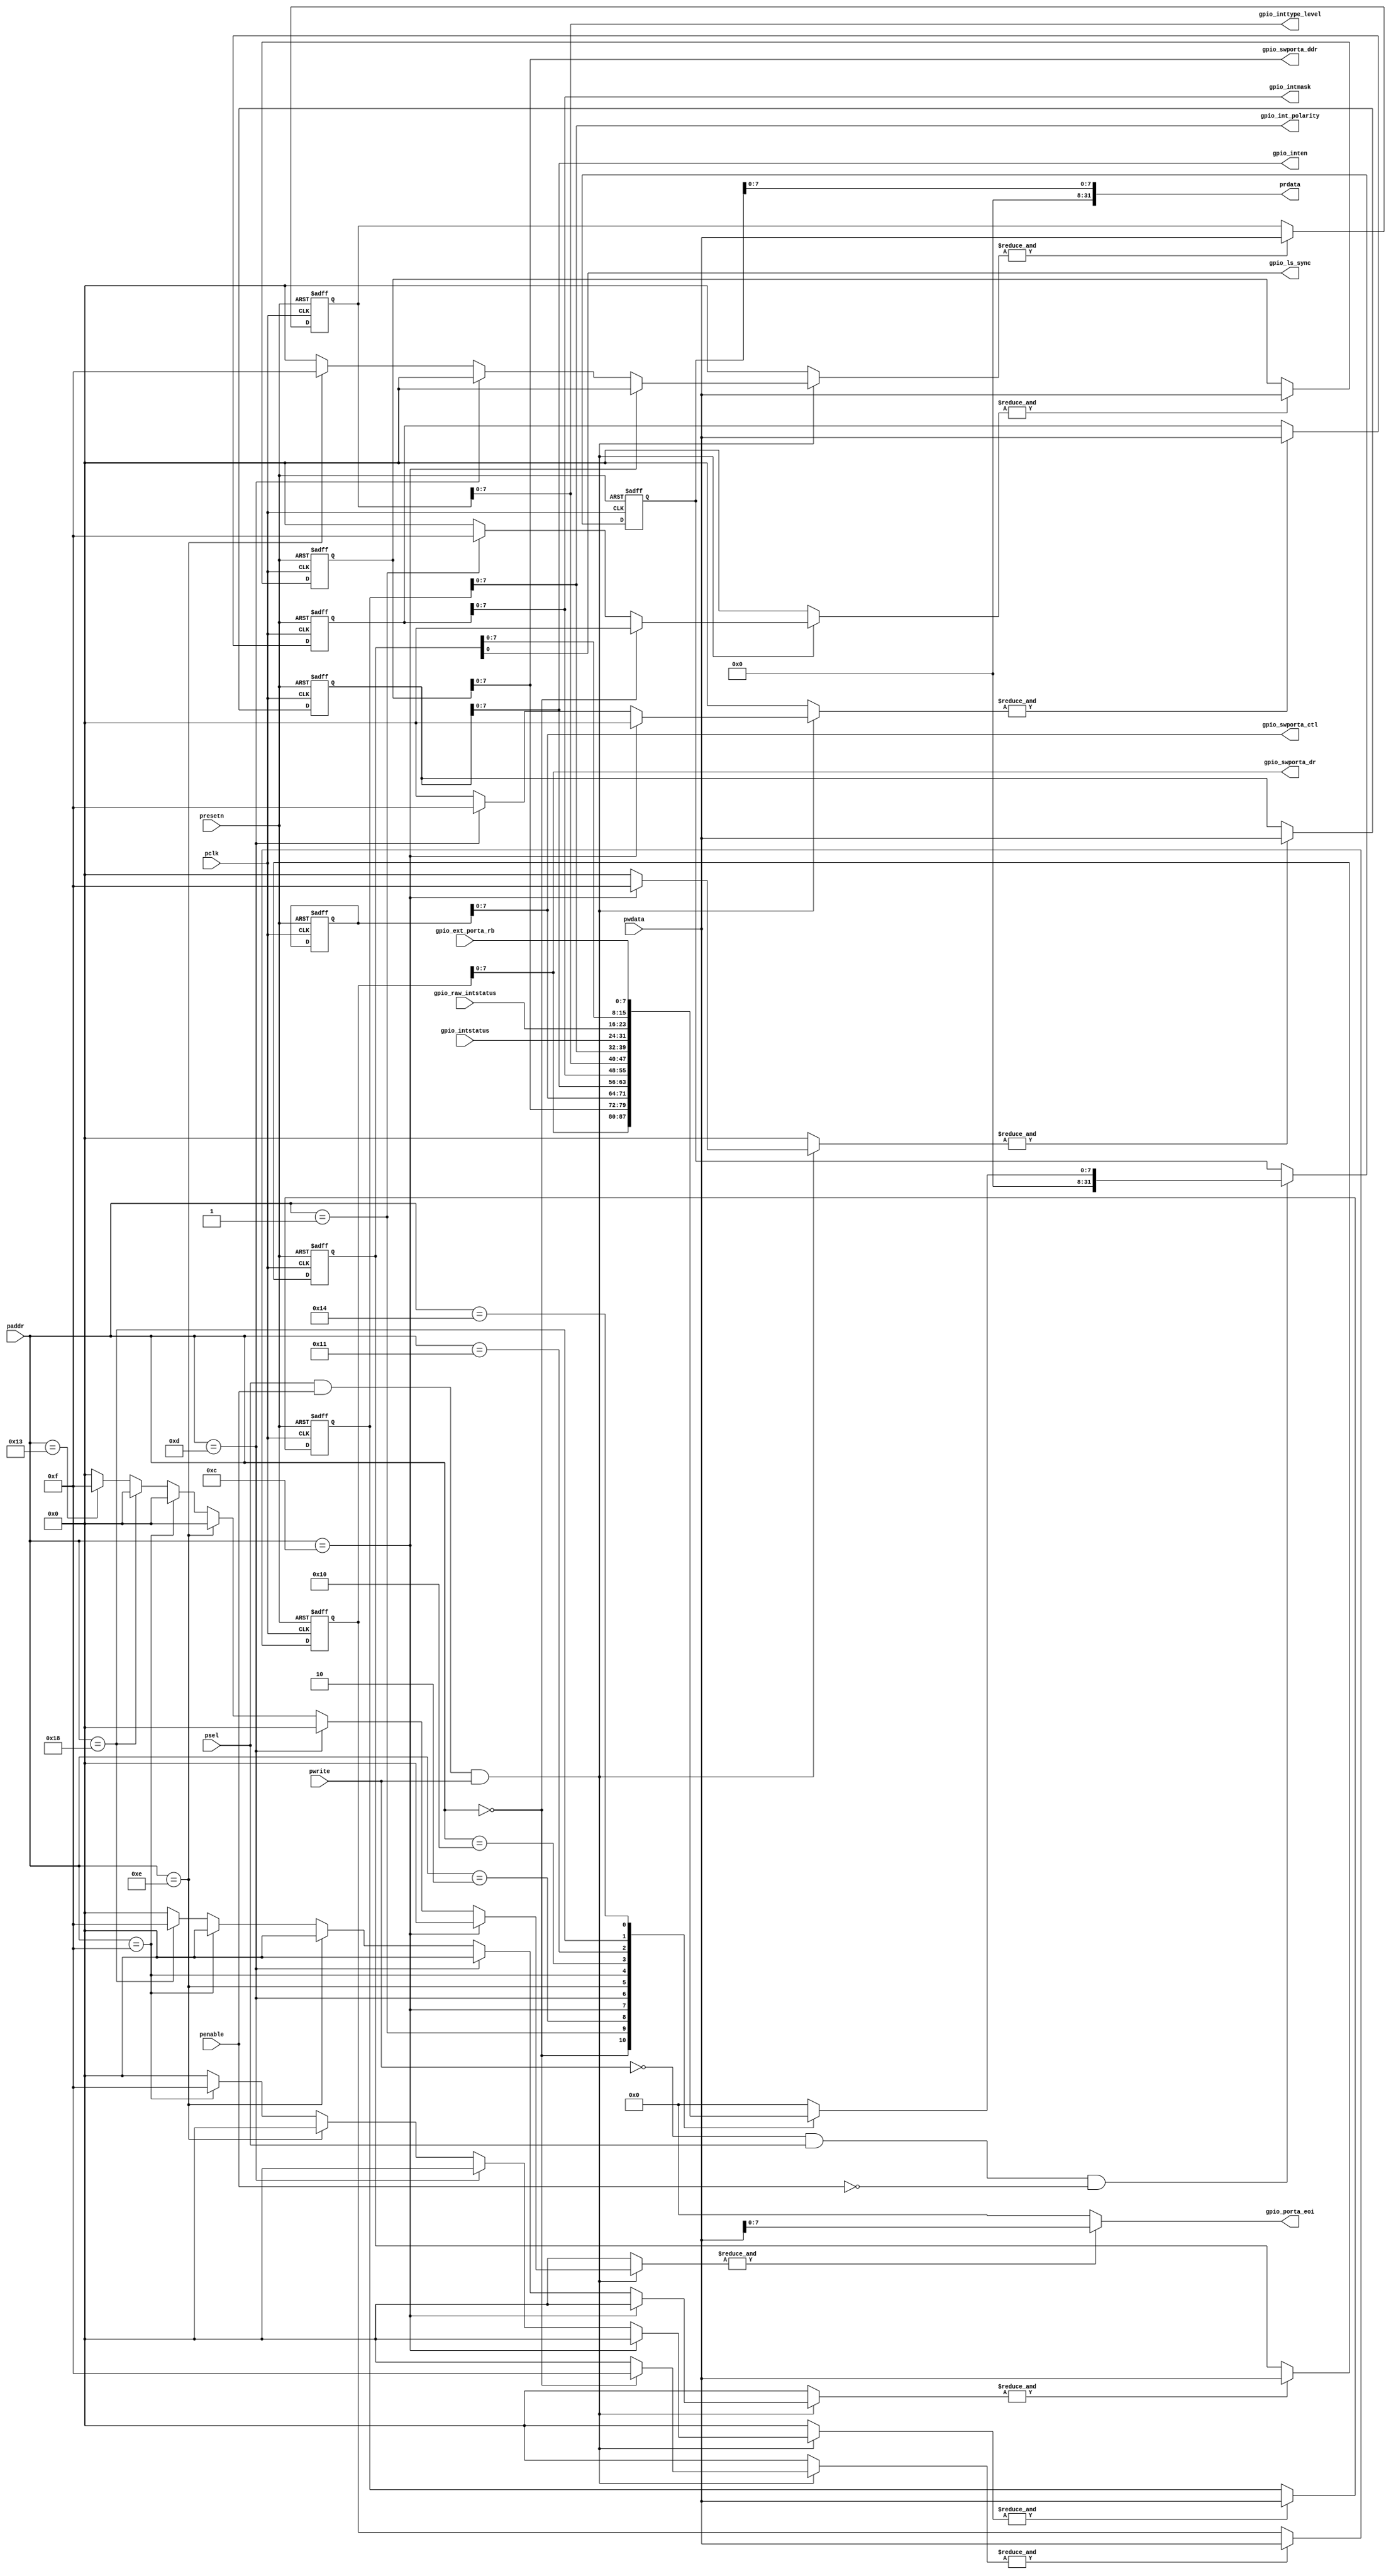
/*Copyright 2019-2021 T-Head Semiconductor Co., Ltd.

Licensed under the Apache License, Version 2.0 (the "License");
you may not use this file except in compliance with the License.
You may obtain a copy of the License at

    http://www.apache.org/licenses/LICENSE-2.0

Unless required by applicable law or agreed to in writing, software
distributed under the License is distributed on an "AS IS" BASIS,
WITHOUT WARRANTIES OR CONDITIONS OF ANY KIND, either express or implied.
See the License for the specific language governing permissions and
limitations under the License.
*/




















`define gpio_swporta_dr_OFFSET    5'b00000
`define gpio_swporta_ddr_OFFSET   5'b00001
`define gpio_swporta_ctl_OFFSET   5'b00010

`define gpio_inten_OFFSET         5'b01100
`define gpio_intmask_OFFSET       5'b01101
`define gpio_inttype_level_OFFSET 5'b01110
`define gpio_int_polarity_OFFSET  5'b01111
`define gpio_intstatus_OFFSET     5'b10000
`define gpio_raw_intstatus_OFFSET 5'b10001

`define gpio_porta_eoi_OFFSET     5'b10011
`define gpio_ext_porta_OFFSET     5'b10100

`define gpio_ls_sync_OFFSET       5'b11000



module gpio_apbif(
  gpio_ext_porta_rb,
  gpio_int_polarity,
  gpio_inten,
  gpio_intmask,
  gpio_intstatus,
  gpio_inttype_level,
  gpio_ls_sync,
  gpio_porta_eoi,
  gpio_raw_intstatus,
  gpio_swporta_ctl,
  gpio_swporta_ddr,
  gpio_swporta_dr,
  paddr,
  pclk,
  penable,
  prdata,
  presetn,
  psel,
  pwdata,
  pwrite
);


input   [7 :0]  gpio_ext_porta_rb;     
input   [7 :0]  gpio_intstatus;        
input   [7 :0]  gpio_raw_intstatus;    
input   [6 :2]  paddr;                 
input           pclk;                  
input           penable;               
input           presetn;               
input           psel;                  
input   [31:0]  pwdata;                
input           pwrite;                
output  [7 :0]  gpio_int_polarity;     
output  [7 :0]  gpio_inten;            
output  [7 :0]  gpio_intmask;          
output  [7 :0]  gpio_inttype_level;    
output          gpio_ls_sync;          
output  [7 :0]  gpio_porta_eoi;        
output  [7 :0]  gpio_swporta_ctl;      
output  [7 :0]  gpio_swporta_ddr;      
output  [7 :0]  gpio_swporta_dr;       
output  [31:0]  prdata;                


reg     [3 :0]  gpio_int_polarity_wen; 
reg     [3 :0]  gpio_inten_wen;        
reg     [3 :0]  gpio_intmask_wen;      
reg     [3 :0]  gpio_inttype_level_wen; 
reg     [3 :0]  gpio_ls_sync_wen;      
reg     [3 :0]  gpio_porta_eoi_wen;    
reg     [3 :0]  gpio_swporta_ctl_wen;  
reg     [3 :0]  gpio_swporta_ddr_wen;  
reg     [3 :0]  gpio_swporta_dr_wen;   
reg     [31:0]  int_gpio_int_polarity; 
reg     [31:0]  int_gpio_inten;        
reg     [31:0]  int_gpio_intmask;      
reg     [31:0]  int_gpio_inttype_level; 
reg     [31:0]  int_gpio_ls_sync;      
reg     [31:0]  int_gpio_porta_eoi;    
reg     [31:0]  int_gpio_swporta_ctl;  
reg     [31:0]  int_gpio_swporta_ddr;  
reg     [31:0]  int_gpio_swporta_dr;   
reg     [31:0]  iprdata;               
reg     [31:0]  prdata;                
reg     [31:0]  pwdata_int;            
reg     [31:0]  ri_gpio_ext_porta_rb;  
reg     [31:0]  ri_gpio_int_polarity;  
reg     [31:0]  ri_gpio_inten;         
reg     [31:0]  ri_gpio_intmask;       
reg     [31:0]  ri_gpio_intstatus;     
reg     [31:0]  ri_gpio_inttype_level; 
reg     [31:0]  ri_gpio_ls_sync;       
reg     [31:0]  ri_gpio_raw_intstatus; 
reg     [31:0]  ri_gpio_swporta_ctl;   
reg     [31:0]  ri_gpio_swporta_ddr;   
reg     [31:0]  ri_gpio_swporta_dr;    


wire    [7 :0]  gpio_ext_porta_rb;     
wire    [7 :0]  gpio_int_polarity;     
wire    [7 :0]  gpio_inten;            
wire    [7 :0]  gpio_intmask;          
wire    [7 :0]  gpio_intstatus;        
wire    [7 :0]  gpio_inttype_level;    
wire            gpio_ls_sync;          
wire    [7 :0]  gpio_porta_eoi;        
wire    [7 :0]  gpio_raw_intstatus;    
wire    [7 :0]  gpio_swporta_ctl;      
wire    [7 :0]  gpio_swporta_ddr;      
wire    [7 :0]  gpio_swporta_dr;       
wire    [6 :2]  paddr;                 
wire            pclk;                  
wire            penable;               
wire            presetn;               
wire            psel;                  
wire    [31:0]  pwdata;                
wire            pwrite;                




always @( pwdata[31:0])
begin
  pwdata_int = {31{1'b0}};
  pwdata_int[31:0] = pwdata[31:0];

end




always @( paddr[6:2]
       or penable
       or psel
       or pwrite)
begin
  gpio_swporta_dr_wen[3:0] = 4'b0000;
  gpio_swporta_ddr_wen[3:0] = 4'b0000;
  gpio_swporta_ctl_wen[3:0] = 4'b0000;
  
  if((psel == 1'b1) && (penable == 1'b1) && (pwrite == 1'b1)) 
  begin
    if(paddr[6:2] ==
       `gpio_swporta_dr_OFFSET) 
    begin
      gpio_swporta_dr_wen[3:0] = {4{1'b1}};
    end
    else if(paddr[6:2] ==
            `gpio_swporta_ddr_OFFSET) 
    begin
      gpio_swporta_ddr_wen[3:0] = {4{1'b1}};
    end
    else if(paddr[6:2] ==
            `gpio_swporta_ctl_OFFSET) 
    begin
      gpio_swporta_ctl_wen[3:0] = {4{1'b0}};
    end
  end

end






always @( paddr[6:2]
       or penable
       or psel
       or pwrite)
begin
  gpio_inten_wen[3:0] = 4'b0000;
  gpio_intmask_wen[3:0] = 4'b0000;
  gpio_inttype_level_wen[3:0] = 4'b0000;
  gpio_int_polarity_wen[3:0] = 4'b0000;
  gpio_ls_sync_wen[3:0] = 4'b0000;
  gpio_porta_eoi_wen[3:0] = 4'b0000;
  
  if((psel == 1'b1) && (penable == 1'b1) && (pwrite == 1'b1)) 
  begin
    if(paddr[6:2] ==
       `gpio_inten_OFFSET) 
    begin
      gpio_inten_wen[3:0] = {4{1'b1}};
    end 
    else if(paddr[6:2] ==
            `gpio_intmask_OFFSET) 
    begin
      gpio_intmask_wen[3:0] = {4{1'b1}};
    end
    else if(paddr[6:2] ==
            `gpio_inttype_level_OFFSET)
    begin
      gpio_inttype_level_wen[3:0] = {4{1'b1}};
    end
    else if(paddr[6:2] ==
            `gpio_int_polarity_OFFSET) 
    begin
      gpio_int_polarity_wen[3:0] = {4{1'b1}};
    end
    else if(paddr[6:2] ==
            `gpio_ls_sync_OFFSET) 
    begin
      gpio_ls_sync_wen[3:0] = {4{1'b1}};
    end
    else if(paddr[6:2] ==
            `gpio_porta_eoi_OFFSET)
    begin
      gpio_porta_eoi_wen[3:0] = {4{1'b1}};
    end
  end

end


always@(posedge pclk or negedge presetn)
begin
  if(!presetn)
    int_gpio_swporta_dr[31:0] <= {32{1'b0}}; 
  else
    if(&gpio_swporta_dr_wen)
      int_gpio_swporta_dr[31:0] <= pwdata_int[31:0];
end

assign gpio_swporta_dr[7:0] = int_gpio_swporta_dr[7:0];


always @( int_gpio_swporta_dr[7:0])
begin
  ri_gpio_swporta_dr[31:0] = {32{1'b0}};
  ri_gpio_swporta_dr[7:0] = int_gpio_swporta_dr[7:0];

end


always@(posedge pclk or negedge presetn)
begin
  if(!presetn)
    int_gpio_swporta_ddr[31:0] <= {32{1'b0}};
  else
    if(&gpio_swporta_ddr_wen)
      int_gpio_swporta_ddr[31:0] <= pwdata_int[31:0];
end

assign gpio_swporta_ddr[7:0] = int_gpio_swporta_ddr[7:0];


always @( int_gpio_swporta_ddr[7:0])
begin
  ri_gpio_swporta_ddr[31:0] = {32{1'b0}};
  ri_gpio_swporta_ddr[7:0] = int_gpio_swporta_ddr[7:0];

end


always@(posedge pclk or negedge presetn)
begin
  if(!presetn)
    int_gpio_swporta_ctl[31:0] <= {32{1'b0}};
  else
    if(&gpio_swporta_ctl_wen)
      int_gpio_swporta_ctl[31:0] <= pwdata_int[31:0];
end

assign gpio_swporta_ctl[7:0] = int_gpio_swporta_ctl[7:0];


always @( int_gpio_swporta_ctl[7:0])
begin
  ri_gpio_swporta_ctl[31:0] = {32{1'b0}};
  ri_gpio_swporta_ctl[7:0] = int_gpio_swporta_ctl[7:0];

end



always@(posedge pclk or negedge presetn)
begin
  if(!presetn)
    int_gpio_inten[31:0] <= 32'b0;
  else 
    if(&gpio_inten_wen)
      int_gpio_inten[31:0] <= pwdata_int[31:0];
end

assign gpio_inten[7:0] = int_gpio_inten[7:0];


always @( int_gpio_inten[7:0])
begin
  ri_gpio_inten[31:0] = {32{1'b0}};
  ri_gpio_inten[7:0] = int_gpio_inten[7:0];

end


always@(posedge pclk or negedge presetn)
begin
  if(!presetn)
    int_gpio_intmask[31:0] <= 32'b0;
  else 
    if(&gpio_intmask_wen)
      int_gpio_intmask[31:0] <= pwdata_int[31:0];
end

assign gpio_intmask[7:0] = int_gpio_intmask[7:0];


always @( int_gpio_intmask[7:0])
begin
  ri_gpio_intmask[31:0] = {32{1'b0}};
  ri_gpio_intmask[7:0] = int_gpio_intmask[7:0];

end


always@(posedge pclk or negedge presetn)
begin
  if(!presetn)
    int_gpio_inttype_level[31:0] <= 32'b0;
  else 
    if(&gpio_inttype_level_wen)
      int_gpio_inttype_level[31:0] <= pwdata_int[31:0];
end

assign gpio_inttype_level[7:0] = int_gpio_inttype_level[7:0];


always @( int_gpio_inttype_level[7:0])
begin
  ri_gpio_inttype_level[31:0] = {32{1'b0}};
  ri_gpio_inttype_level[7:0] = int_gpio_inttype_level[7:0];

end


always@(posedge pclk or negedge presetn)
begin
  if(!presetn)
    int_gpio_int_polarity[31:0] <= 32'b0;
  else 
    if(&gpio_int_polarity_wen)
      int_gpio_int_polarity[31:0] <= pwdata_int[31:0];
end

assign gpio_int_polarity[7:0] = int_gpio_int_polarity[7:0];


always @( int_gpio_int_polarity[7:0])
begin
  ri_gpio_int_polarity[31:0] = {32{1'b0}};
  ri_gpio_int_polarity[7:0] = int_gpio_int_polarity[7:0];

end


always@(posedge pclk or negedge presetn)
begin
  if(!presetn)
    int_gpio_ls_sync[31:0] <= 32'b0;
  else 
    if(&gpio_ls_sync_wen)
      int_gpio_ls_sync[31:0] <= pwdata_int[31:0];
end

assign gpio_ls_sync = int_gpio_ls_sync[0];


always @( int_gpio_ls_sync[7:0])
begin
  ri_gpio_ls_sync[31:0] = {32{1'b0}};
  ri_gpio_ls_sync[7:0] = int_gpio_ls_sync[7:0];

end




always @( gpio_porta_eoi_wen
       or pwdata_int[31:0])
begin
  int_gpio_porta_eoi[31:0] = {32{1'b0}};
  if(&gpio_porta_eoi_wen)
    int_gpio_porta_eoi[31:0] = pwdata_int[31:0];

end

assign gpio_porta_eoi[7:0] = int_gpio_porta_eoi[7:0];



always @( gpio_intstatus[7:0]
       or gpio_raw_intstatus[7:0])
begin
  ri_gpio_raw_intstatus[31:0] = {32{1'b0}};
  ri_gpio_intstatus[31:0] = {32{1'b0}};

  ri_gpio_raw_intstatus[7:0] = gpio_raw_intstatus[7:0];
  ri_gpio_intstatus[7:0] = gpio_intstatus[7:0];

end


always @( gpio_ext_porta_rb[7:0])
begin
  ri_gpio_ext_porta_rb[31:0] = {32{1'b0}};

  ri_gpio_ext_porta_rb[7:0] = gpio_ext_porta_rb[7:0];

end



always @(posedge pclk or negedge presetn)
begin
  if(!presetn)
    iprdata[31:0] <= {32{1'b0}};
  else
    if((pwrite == 1'b0) && (psel == 1'b1) && (penable == 1'b0))
      case(paddr[6:2])
        `gpio_swporta_dr_OFFSET    : iprdata <= ri_gpio_swporta_dr;
        `gpio_swporta_ddr_OFFSET   : iprdata <= ri_gpio_swporta_ddr;
        `gpio_swporta_ctl_OFFSET   : iprdata <= ri_gpio_swporta_ctl;
        `gpio_inten_OFFSET         : iprdata <= ri_gpio_inten;
        `gpio_intmask_OFFSET       : iprdata <= ri_gpio_intmask;
        `gpio_inttype_level_OFFSET : iprdata <= ri_gpio_inttype_level;
        `gpio_int_polarity_OFFSET  : iprdata <= ri_gpio_int_polarity;
        `gpio_intstatus_OFFSET     : iprdata <= ri_gpio_intstatus;
        `gpio_raw_intstatus_OFFSET : iprdata <= ri_gpio_raw_intstatus;
        `gpio_ls_sync_OFFSET       : iprdata <= ri_gpio_ls_sync;
        `gpio_ext_porta_OFFSET     : iprdata <= ri_gpio_ext_porta_rb;
        default : iprdata[31:0] <= {32{1'b0}};
      endcase
end


always @( iprdata[7:0])
begin
  prdata[31:0] = {32{1'b0}};
  prdata[7:0] = iprdata[7:0];

end


endmodule